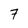
Character: 7